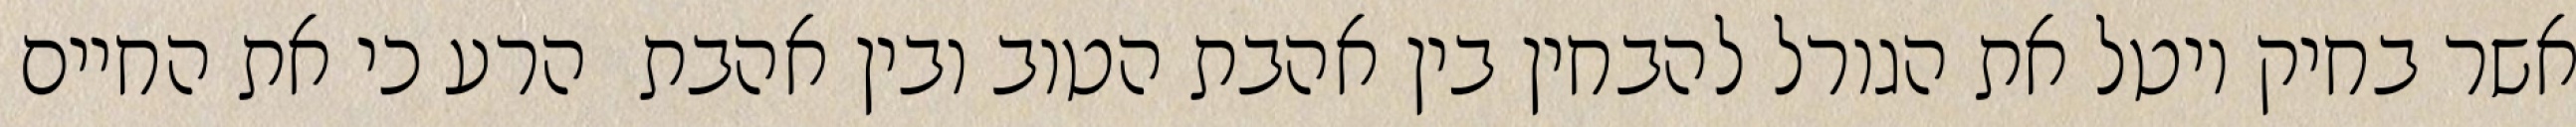
אשר בחיק יוטל את הגורל להבחין בין אהבת הטוב ובין אהבת  הרע כי את החיים